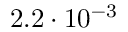
2 . 2 \cdot 1 0 ^ { - 3 }